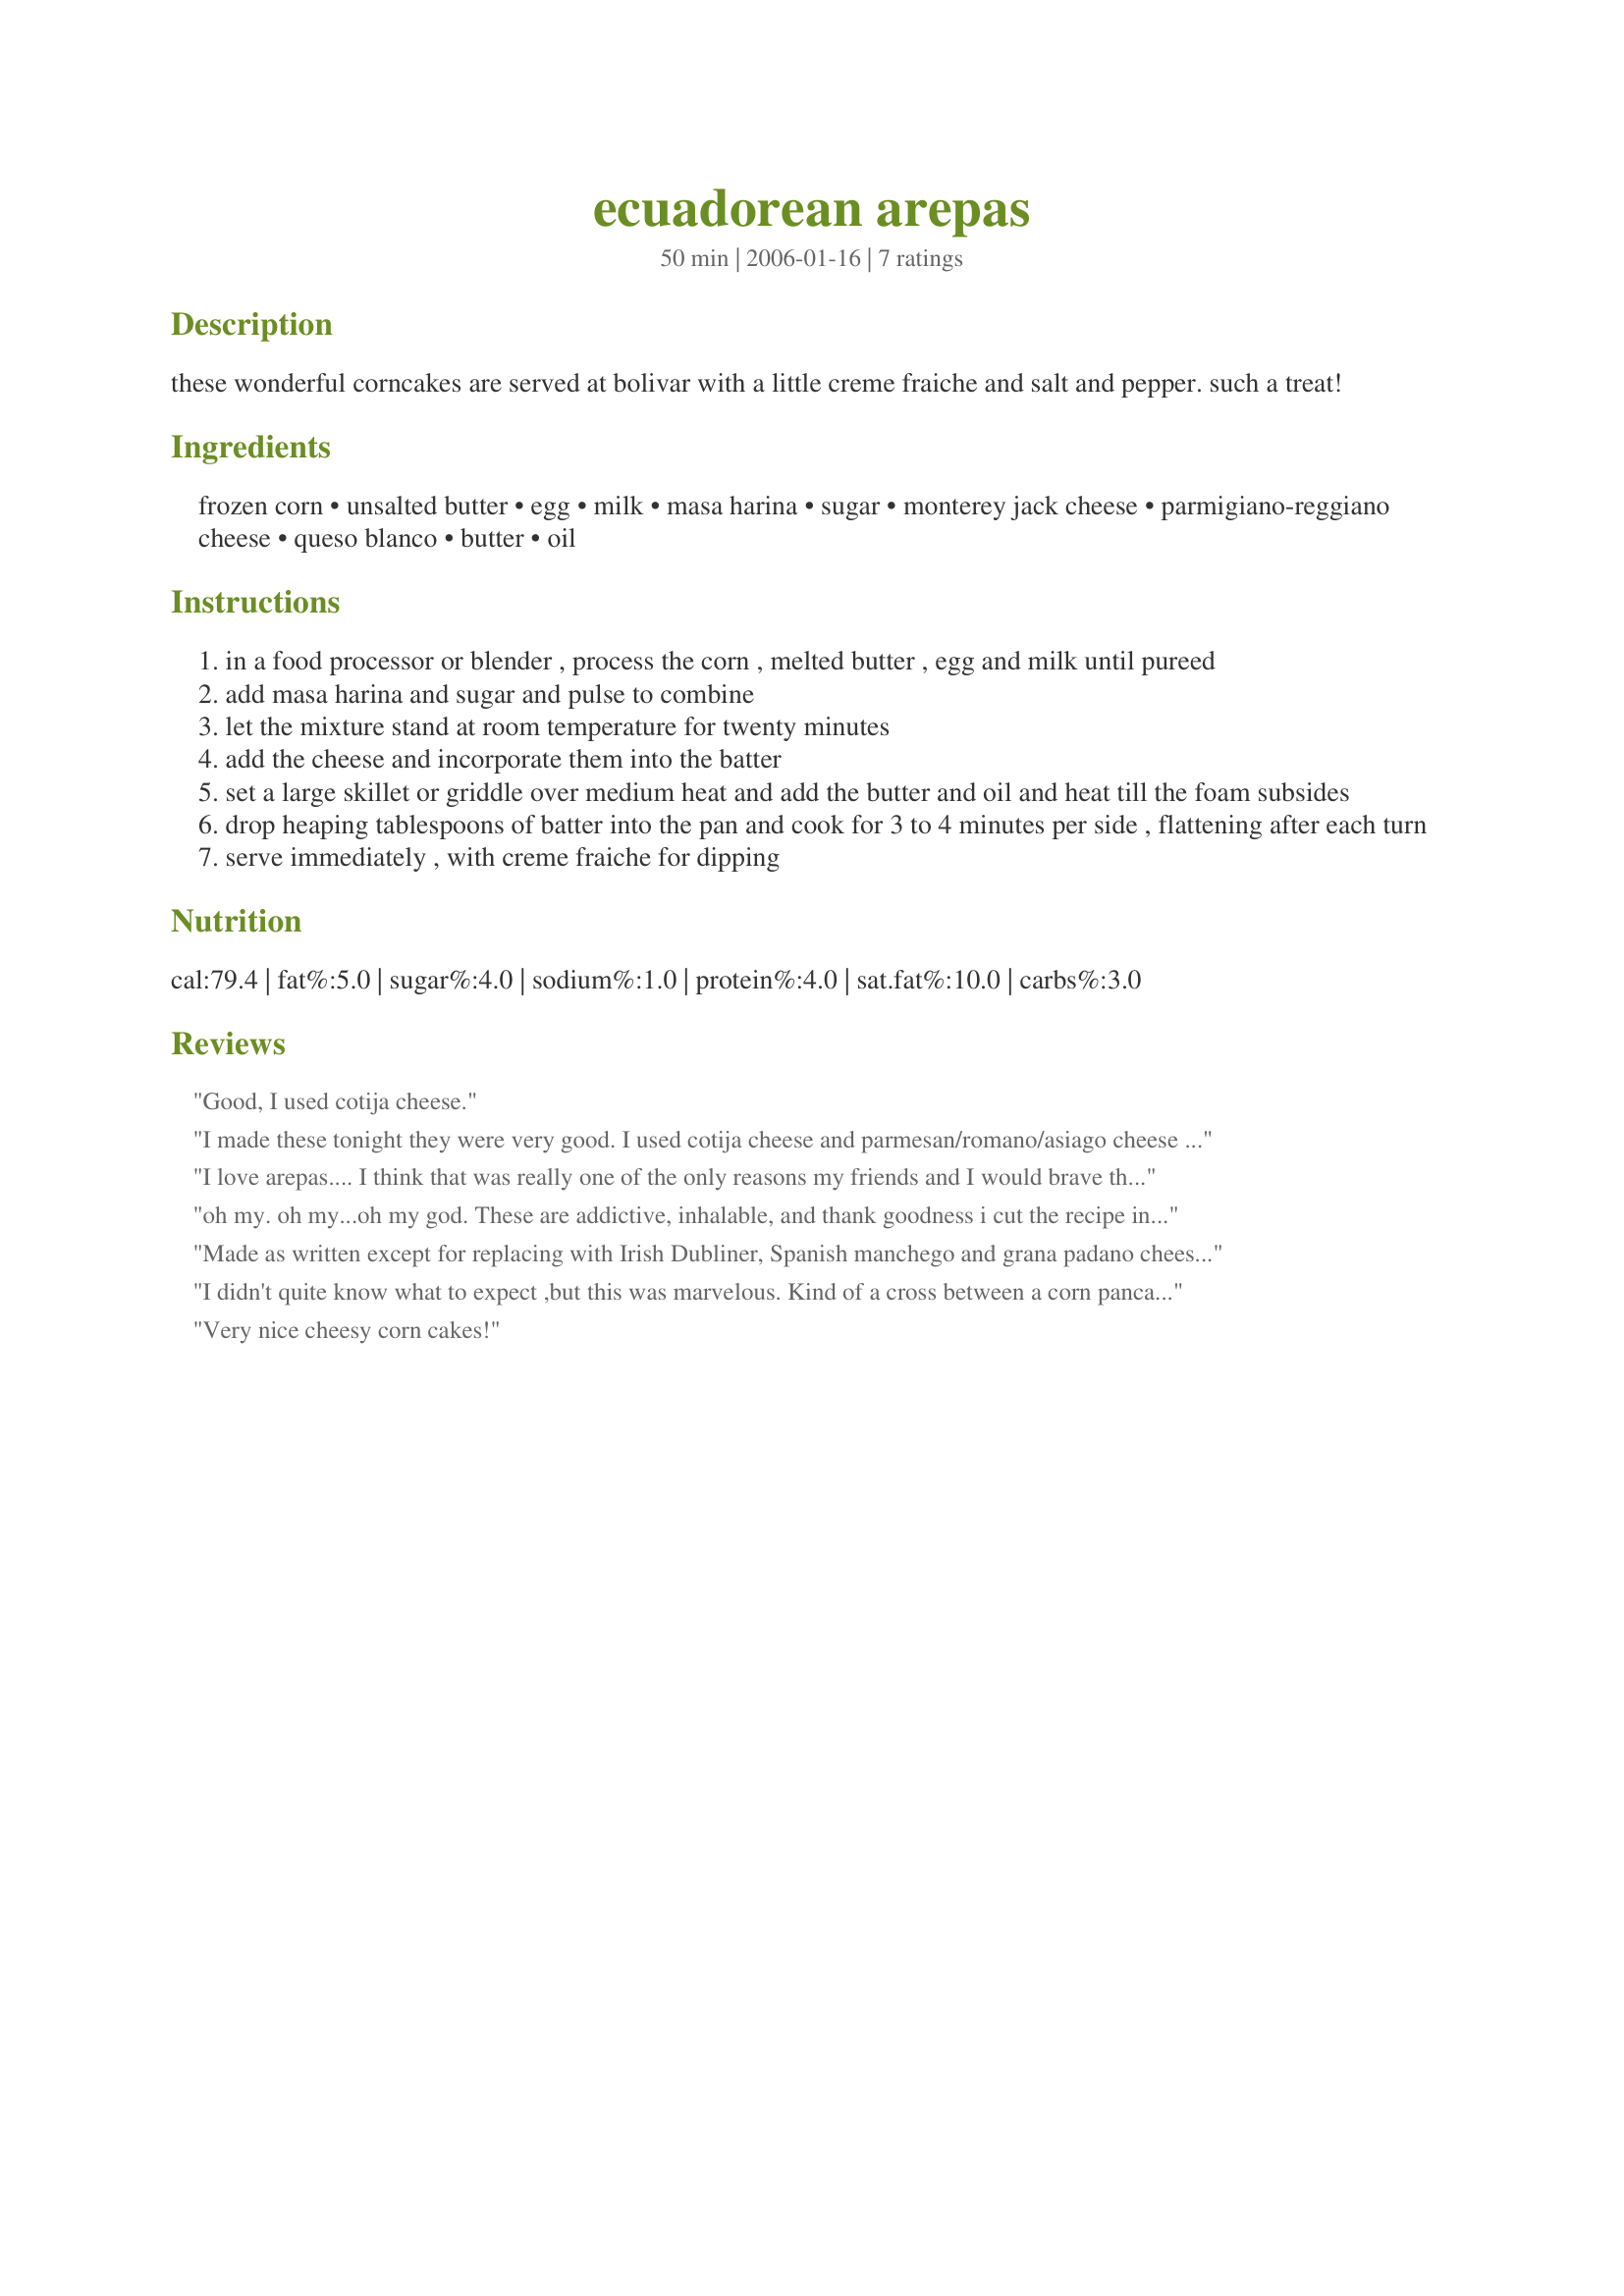
ecuadorean arepas
Preparation time: 50 minutes

these wonderful corncakes are served at bolivar with a little creme fraiche and salt and pepper. such a treat!

Ingredients:
frozen corn, unsalted butter, egg, milk, masa harina, sugar, monterey jack cheese, parmigiano-reggiano cheese, queso blanco, butter, oil

Steps:
in a food processor or blender , process the corn , melted butter , egg and milk until pureed
add masa harina and sugar and pulse to combine
let the mixture stand at room temperature for twenty minutes
add the cheese and incorporate them into the batter
set a large skillet or griddle over medium heat and add the butter and oil and heat till the foam subsides
drop heaping tablespoons of batter into the pan and cook for 3 to 4 minutes per side , flattening after each turn
serve immediately , with creme fraiche for dipping

Reviews:
Good, I used cotija cheese.
I made these tonight they were very good. I used cotija cheese and parmesan/romano/asiago cheese with these. I added just a bit more sugar to them and served them with honey for my kids because I didnt have anything else. I will make these again.
I love arepas.... I think that was really one of the only reasons my friends and I would brave the horrific traffic to the Calle Ocho Festival every year when I lived in Miami. I made my arepas Miami style ~ which is using the arepa as sort of a grilled cheese, with queso fresco in the center. And they are a bit larger then the Ecuadorean ones. The dough is rather sticky but if you wet your hands it is really easy to work with and does not stick at all. These were really good and tasted almost like I remembered... I have a feeling the ones at the festival were deep fried and may have had more sugar in the masa.... but we ate them all.... without hesitation! Thanks Kate!
oh my. oh my...oh my god. These are addictive, inhalable, and thank goodness i cut the recipe in half or all 24 arepas would be my lunch. oh chef kate. amazing.

Next time i will use low fat sharp cheddar to cut down the fats since i am clearly unable to eat just 2, and this time i did not use oil for frying, just a well seasoned cast iron skillet. These are ... wonderful Never had them before, never made them before, i will need to do a double batch and freeze them too.
Made as written except for replacing with Irish Dubliner, Spanish manchego and grana padano cheeses. Served with simple seasoned black beans and roasted asparagus. Thanks, Kate! Reviewed for Veg Tag/March.
I didn't quite know what to expect ,but this was marvelous. Kind of a cross between a corn pancake and the corn version of a German potato pancake, moist and creamy. We devoured these lightly topped with Greek yogurt. Soooo addictive. We'll definitely be having these again, Chef Kate.
Very nice cheesy corn cakes!
